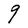
Character: g